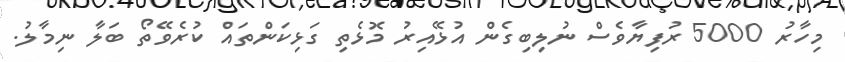
މިހާރު 5000 ރުފިޔާވެސް ނުލިބިގެން އުޅޭއިރު މޮޅެތި ގަޅިކަންތައް ކުރެވޭތޯ ބަލާ ނިމާލު.